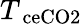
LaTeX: T_{\mathrm{\ ce{CO2}}}